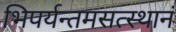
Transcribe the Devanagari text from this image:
भिपर्यन्तमसत्स्थानं